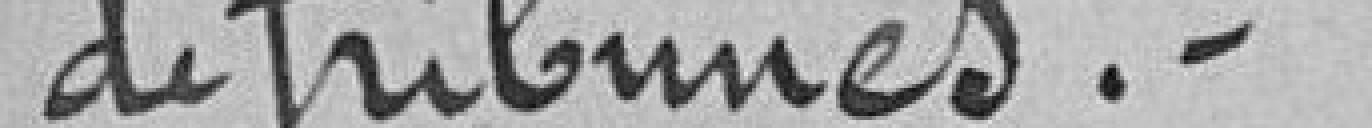
de tribunes.